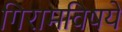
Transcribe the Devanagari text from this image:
गिरामविषये